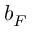
b _ { F }